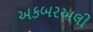
અકબરઅલી